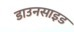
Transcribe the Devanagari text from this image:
डाउनसाइड